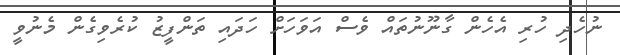
ނުހެދި ހުރި އެހެން ގާނޫނުތައް ވެސް އަވަހަށް ހަދައި ތަންފީޒު ކުރެވިގެން މެނުވީ